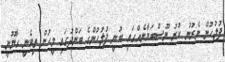
ފުލުހުން ނެރުނު ކުރު ނޫސްބަޔާނެއްގައި ބުނީ ފުލުހުންގެ ބަންދުގައި މީހުން ތިބެނީ ގާނޫނީ